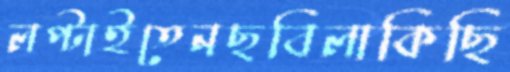
লপ্‌টাইতেনছবিলাকিছি